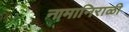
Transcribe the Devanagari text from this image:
नामानिराळी